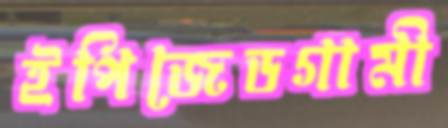
ইপিজেডগামী